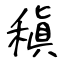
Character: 稹